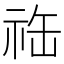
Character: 𬒴